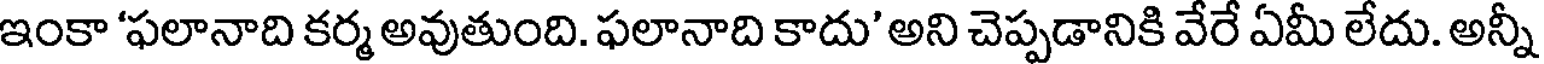
ఇంకా 'ఫలానాది కర్మ అవుతుంది. ఫలానాది కాదు' అని చెప్పడానికి వేరే ఏమీ లేదు. అన్నీ